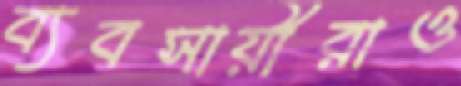
ব্যবসায়ীরাও